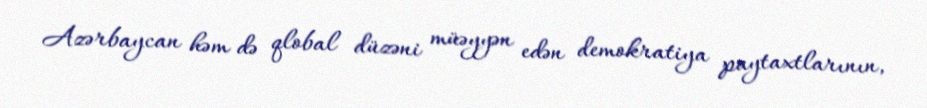
Azərbaycan həm də qlobal düzəni müəyyən edən demokratiya paytaxtlarının,